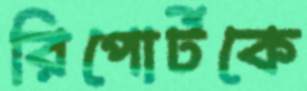
রিপোর্টকে